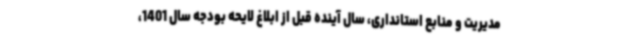
مدیریت و منابع استانداری، سال آینده قبل از ابلاغ لایحه بودجه سال 1401،